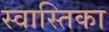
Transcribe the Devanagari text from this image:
स्वास्तिका